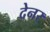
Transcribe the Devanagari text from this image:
देनर